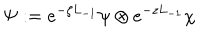
\Psi : = e ^ { - \zeta L _ { - 1 } } \psi \otimes e ^ { - z L _ { - 1 } } \chi